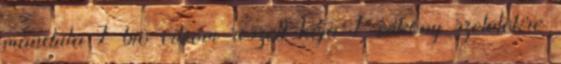
mandula 1 bio citrom reszelt héja 1 vékony szeletekre